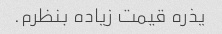
یذره قیمت زیاده بنظرم.